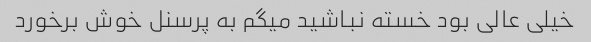
خیلی عالی بود خسته نباشید میگم به پرسنل خوش برخورد